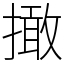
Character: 撖